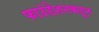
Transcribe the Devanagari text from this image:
फाउंडेशनकडून